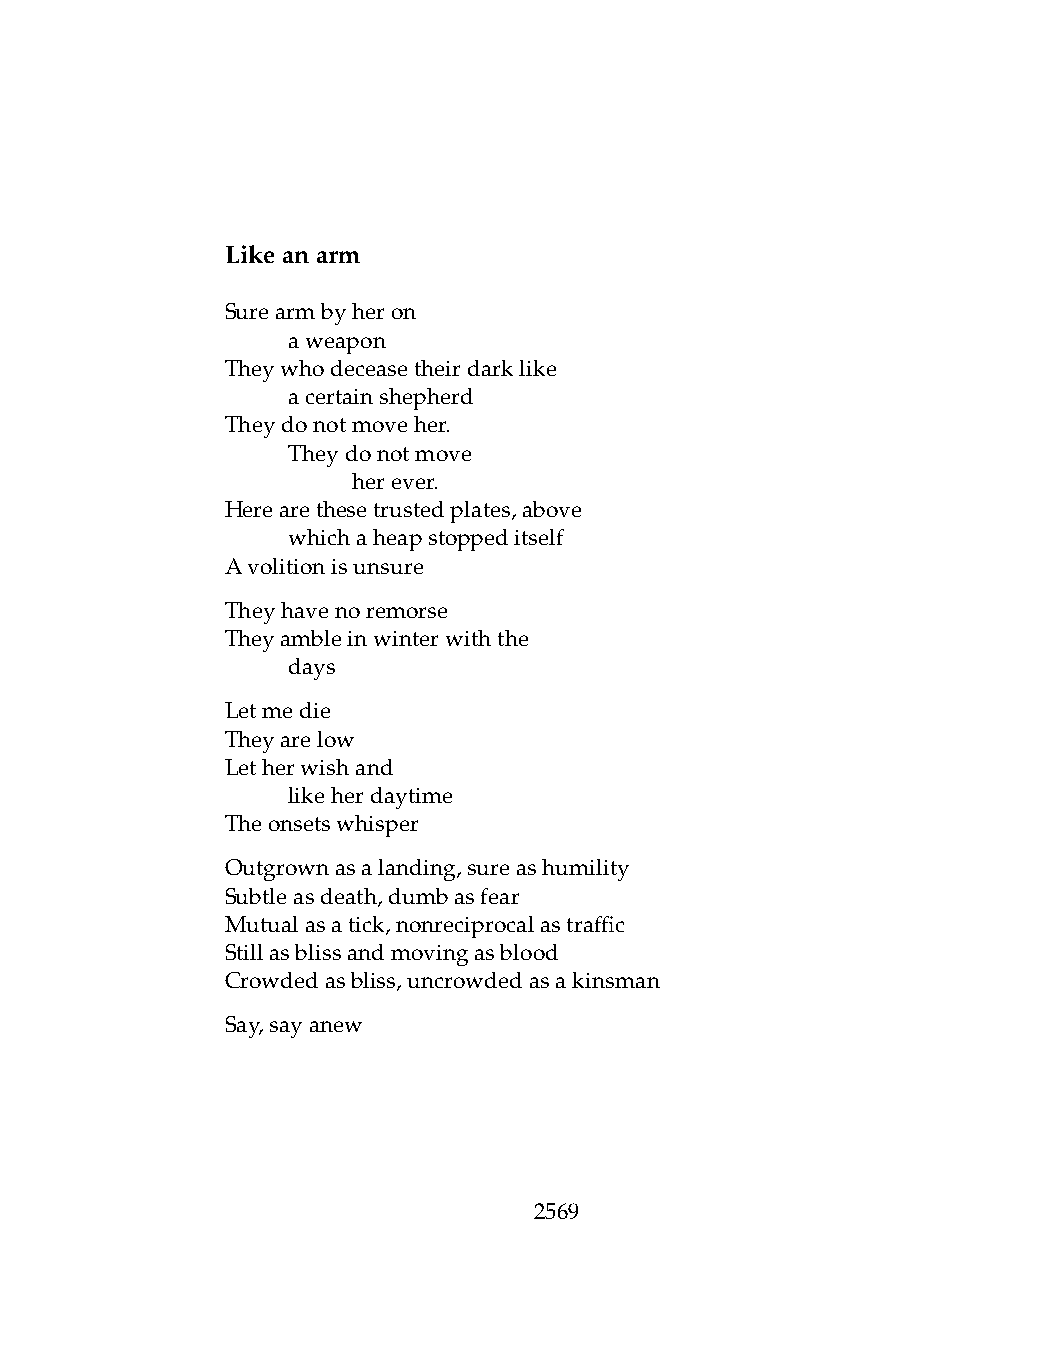
Likeanarm
 Surearmbyheron
 .   aweapon
 Theywhodeceasetheirdarklike
 .   acertainshepherd
 Theydonotmoveher.
 .   Theydonotmove
 .   .   herever.
 Herearethesetrustedplates,above
 .   whichaheapstoppeditself
 Avolitionisunsure
 Theyhavenoremorse
 Theyambleinwinterwiththe
 .   days
 Letmedie
 Theyarelow
 Letherwishand
 .   likeherdaytime
 Theonsetswhisper
 Outgrownasalanding,sureashumility
 Subtleasdeath,dumbasfear
 Mutualasatick,nonreciprocalastraffic
 Stillasblissandmovingasblood
 Crowdedasbliss,uncrowdedasakinsman
 Say,sayanew
 2569